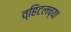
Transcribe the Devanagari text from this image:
व्हिटलच्या